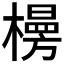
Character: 𪴂